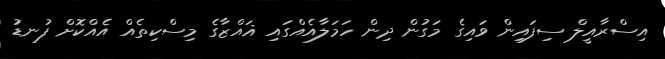
އިސްރާއީލް ސިފައިން ވައިގެ މަގުން ދިން ހަމަލާއެއްގައި ޣައްޒާގެ މިސްކިތެއް އެއްކޮށް ފުނޑު